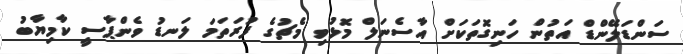
ސަންޑަލޭންޑް އަތުން ހަނިގޮތަކަށް އާސެނަލް މޮޅުވި މެޗުގެ ފުރަތަމަ ލަނޑު ވެންޕާސީ ކާމިޔާބު